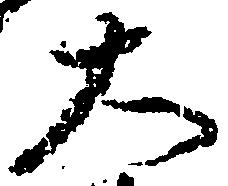
大